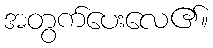
အတွက်ပေးလေ၏။